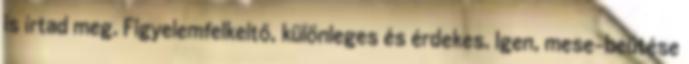
is írtad meg. Figyelemfelkeltő, különleges és érdekes. Igen, mese-beütése